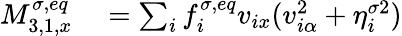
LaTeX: \begin{array}{r}{\begin{array}{rl}{M_{3,1,x}^{\sigma,eq}}&{{}=\sum_{i}f_{i}^{\sigma,eq}v_{ix}(v_{i\alpha}^{2}+\eta_{i}^{\sigma 2})}\end{array}}\end{array}